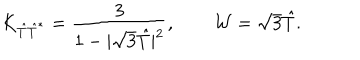
K _ { \hat { T } \hat { T } ^ { * } } = { \frac { 3 } { 1 - | \sqrt { 3 } \hat { T } | ^ { 2 } } } , \qquad { \cal W } = \sqrt { 3 } \hat { T } .